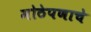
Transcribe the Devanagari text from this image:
मोठेपणाचे